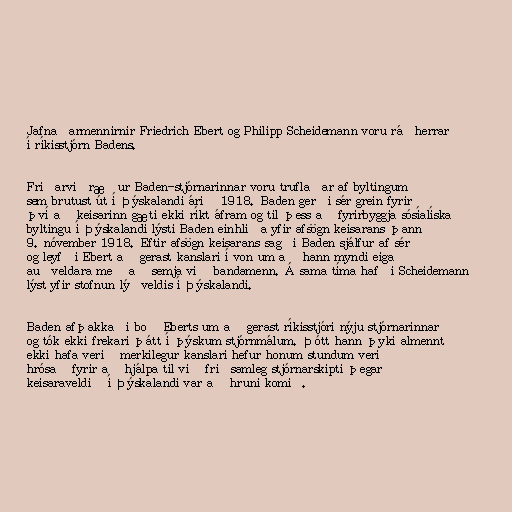
Jafnaðarmennirnir Friedrich Ebert og Philipp Scheidemann voru ráðherrar
í ríkisstjórn Badens.

Friðarviðræður Baden-stjórnarinnar voru truflaðar af byltingum
sem brutust út í Þýskalandi árið 1918. Baden gerði sér grein fyrir
því að keisarinn gæti ekki ríkt áfram og til þess að fyrirbyggja sósíalíska
byltingu í Þýskalandi lýsti Baden einhliða yfir afsögn keisarans þann
9. nóvember 1918. Eftir afsögn keisarans sagði Baden sjálfur af sér
og leyfði Ebert að gerast kanslari í von um að hann myndi eiga
auðveldara með að semja við bandamenn. Á sama tíma hafði Scheidemann
lýst yfir stofnun lýðveldis í Þýskalandi.

Baden afþakkaði boð Eberts um að gerast ríkisstjóri nýju stjórnarinnar
og tók ekki frekari þátt í þýskum stjórnmálum. Þótt hann þyki almennt
ekki hafa verið merkilegur kanslari hefur honum stundum verið
hrósað fyrir að hjálpa til við friðsamleg stjórnarskipti þegar
keisaraveldið í Þýskalandi var að hruni komið.